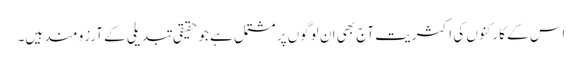
اس کے کارکنوں کی اکثریت آج بھی ان لوگوں پر مشتمل ہے جو حقیقی تبدیلی کے آرزو مند ہیں۔